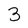
Character: 3